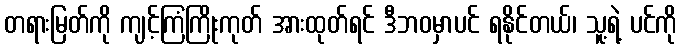
တရားမြတ်ကို ကျင့်ကြံကြိုးကုတ် အားထုတ်ရင် ဒီဘဝမှာပင် ရနိုင်တယ်၊ သူ့ရဲ့ ပင်ကို